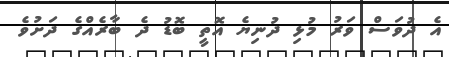
އެ ދުވަސް ވަރު މުޅި ދުނިޔެ އޮތީ ބޮޑު ދެ ބާރެއްގެ ދަށުވެ